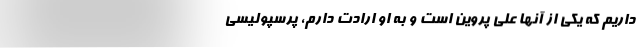
داریم که یکی از آنها علی پروین است و به او ارادت دارم، پرسپولیسی